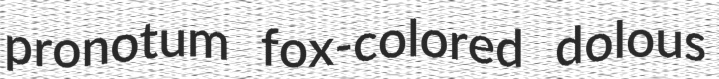
pronotum fox-colored dolous